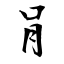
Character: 肙